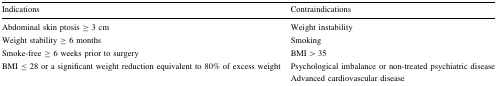
<table><thead><tr><td><b>Indications</b></td><td><b>Contraindications</b></td></tr></thead><tbody><tr><td>Abdominal skin ptosis ≥ 3 cm</td><td>Weight instability</td></tr><tr><td>Weight stability ≥ 6 months</td><td>Smoking</td></tr><tr><td>Smoke-free ≥ 6 weeks prior to surgery</td><td>BMI &gt; 35</td></tr><tr><td>BMI ≤ 28 or a significant weight reduction equivalent to 80% of excess weight</td><td>Psychological imbalance or non-treated psychiatric disease</td></tr><tr><td></td><td>Advanced cardiovascular disease</td></tr></tbody></table>